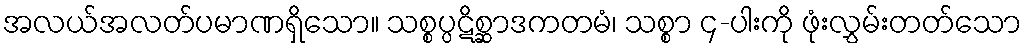
အလယ်အလတ်ပမာဏရှိသော။ သစ္စပ္ပဋိစ္ဆာဒကတမံ၊ သစ္စာ ၄-ပါးကို ဖုံးလွှမ်းတတ်သော